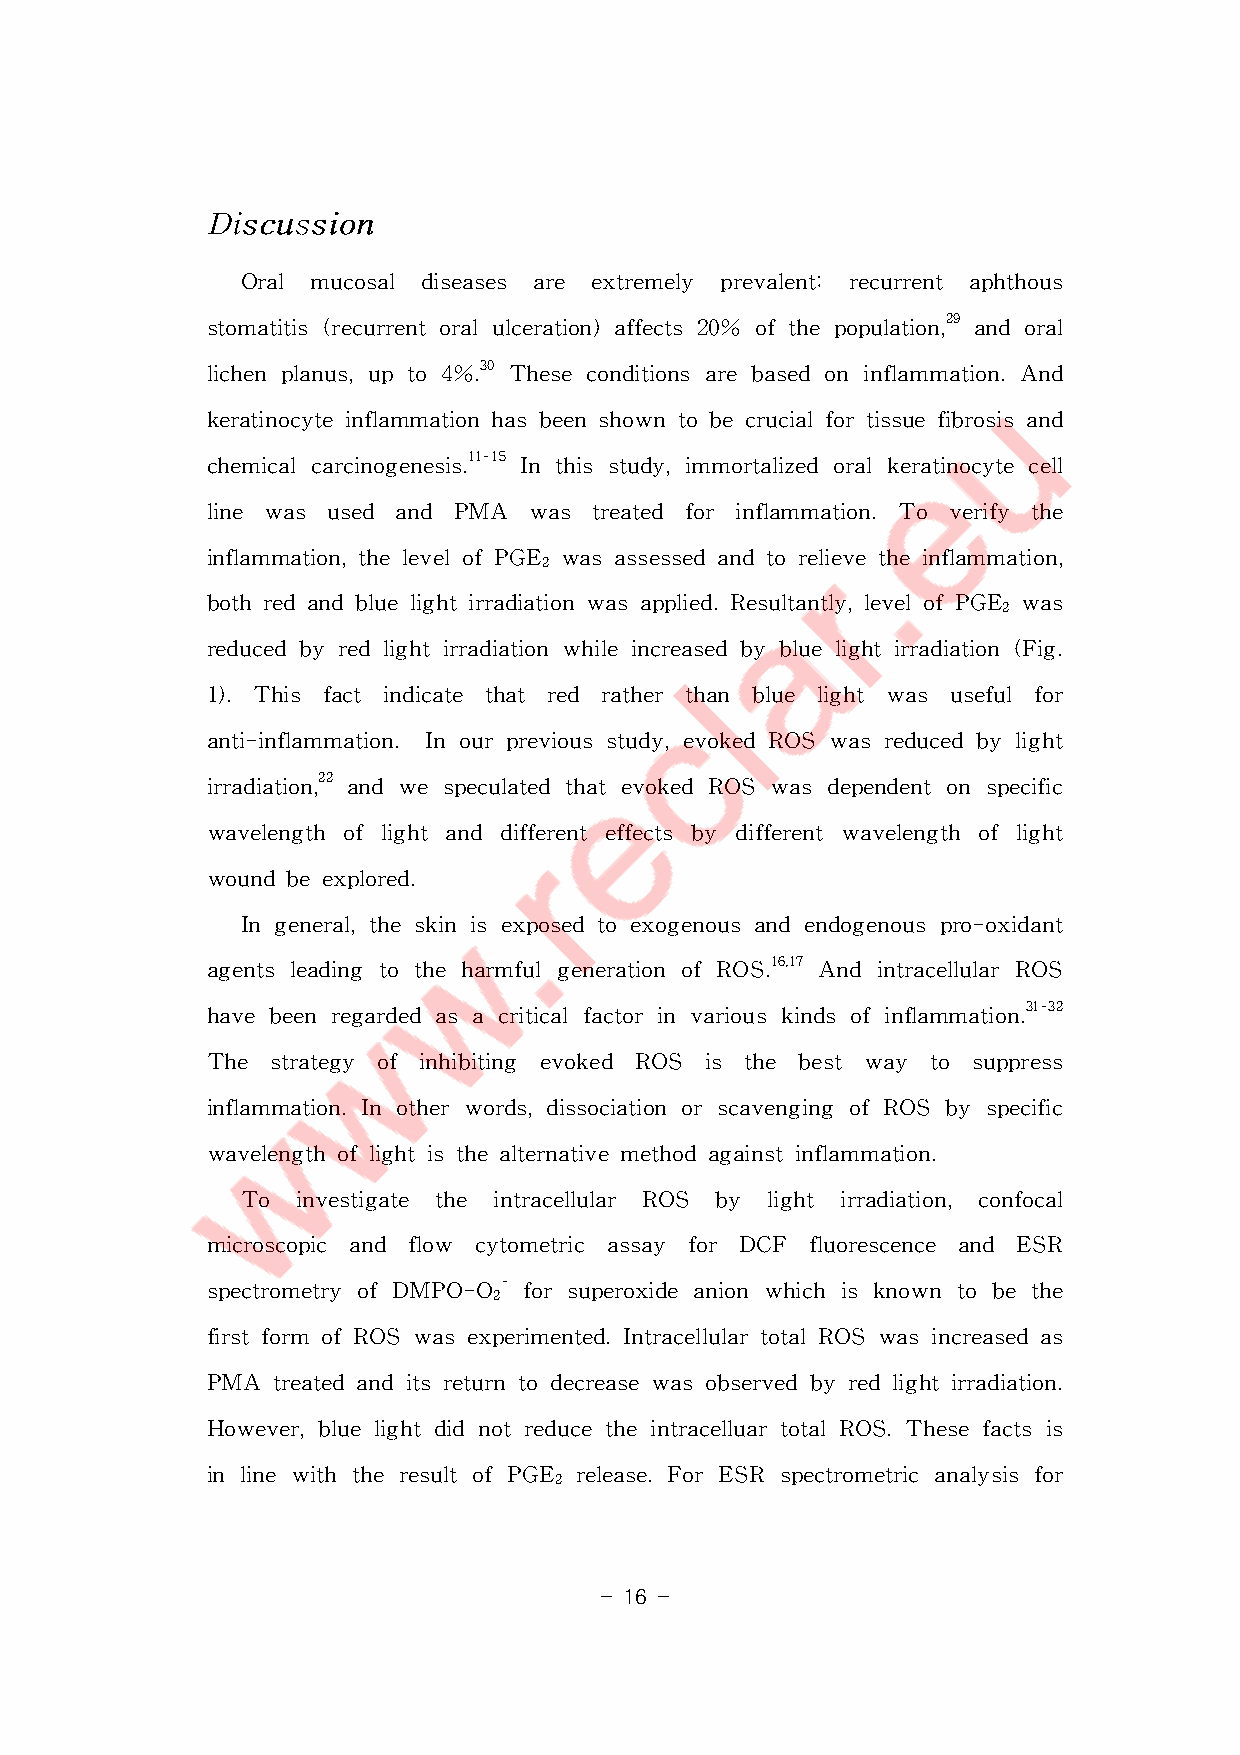
DDDiiissscccuuussssssiiiooonnn
 Oral mucosal diseases are extremely prevalent: recurrent aphthous
 stomatitis(recurrentoralulceration)affects20% ofthepopulation,29andoral
 lichenplanus,upto4%.30Theseconditionsarebasedoninflammation.And
 keratinocyteinflammationhasbeenshowntobecrucialfortissuefibrosisand
 chemicalcarcinogenesis.11-15Inthisstudy,immortalizedoralkeratinocytecell
 line was used and PMA was treated for inflammation.To verify the
 inflammation,thelevelofPGE wasassessedandtorelievetheinflammation,
 2
 bothredandbluelightirradiationwasapplied.Resultantly,levelofPGE was
 2
 reducedbyredlightirradiationwhileincreasedbybluelightirradiation(Fig.
 1).This fact indicate that red rather than blue light was usefulfor
 anti-inflammation. Inourpreviousstudy,evokedROSwasreducedbylight
 irradiation,22 andwespeculatedthatevokedROS wasdependentonspecific
 wavelength oflightand differenteffects by differentwavelength oflight
 woundbeexplored.
 Ingeneral,theskinisexposedtoexogenousandendogenouspro-oxidant
 agentsleading totheharmfulgenerationofROS.16,17 AndintracellularROS
 havebeenregardedasacriticalfactorinvariouskindsofinflammation.31-32
 The  strategy of inhibiting evoked ROS is the best way to suppress
 inflammation.Inotherwords,dissociationorscavengingofROS byspecific
 wavelengthoflightisthealternativemethodagainstinflammation.
 To investigate the intracellular ROS by light irradiation, confocal
 microscopic and flow cytometric assay for DCF fluorescence and ESR
 spectrometryofDMPO-O- forsuperoxideanionwhichisknowntobethe
 2
 firstform ofROSwasexperimented.IntracellulartotalROSwasincreasedas
 PMA  treatedanditsreturntodecreasewasobservedbyredlightirradiation.
 However,bluelightdidnotreducetheintracelluartotalROS.Thesefactsis
 inlinewiththeresultofPGE release.ForESR spectrometricanalysisfor
 2
 - 16 -